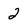
Character: 2